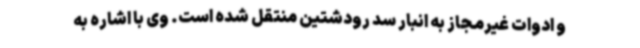
و ادوات غیرمجاز به انبار سد رودشتین منتقل شده است. وی با اشاره به